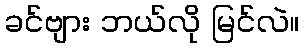
ခင်ဗျား ဘယ်လို မြင်လဲ။